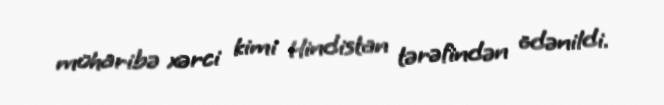
müharibə xərci kimi Hindistan tərəfindən ödənildi.